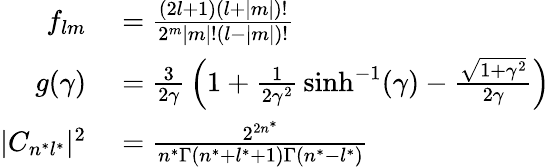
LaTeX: \begin{array}{rl}{f_{lm}}&{{}={\frac{(2l+1)(l+|m|)!}{2^{m}|m|!(l-|m|)!}}}\\ {g(\gamma)}&{{}={\frac{3}{2\gamma}}\left(1+{\frac{1}{2\gamma^{2}}}\sinh^{-1}(\gamma)-{\frac{\sqrt{1+\gamma^{2}}}{2\gamma}}\right)}\\ {|C_{n^{*}l^{*}}|^{2}}&{{}={\frac{2^{2n^{*}}}{n^{*}\Gamma(n^{*}+l^{*}+1)\Gamma(n^{*}-l^{*})}}}\end{array}